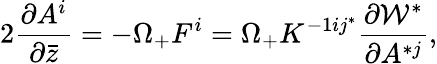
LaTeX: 2{\frac{\partial A^{i}}{\partial\bar{z}}}=-\Omega_{+}F^{i}=\Omega_{+}K^{-1ij^{*}}\frac{\partial{\cal W}^{*}}{\partial A^{*j}},